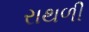
રાથળી